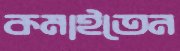
কমাইতেন